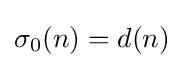
\sigma _{0}(n)=d(n)